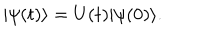
\vert \psi ( t ) \rangle = U ( t ) \vert \psi ( 0 ) \rangle .